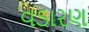
વડારણ